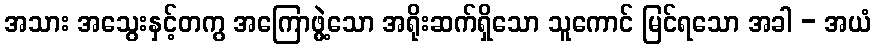
အသား အသွေးနှင့်တကွ အကြောဖွဲ့သော အရိုးဆက်ရှိသော သူကောင် မြင်ရသော အခါ - အယံ